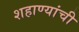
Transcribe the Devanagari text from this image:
शहाण्यांची